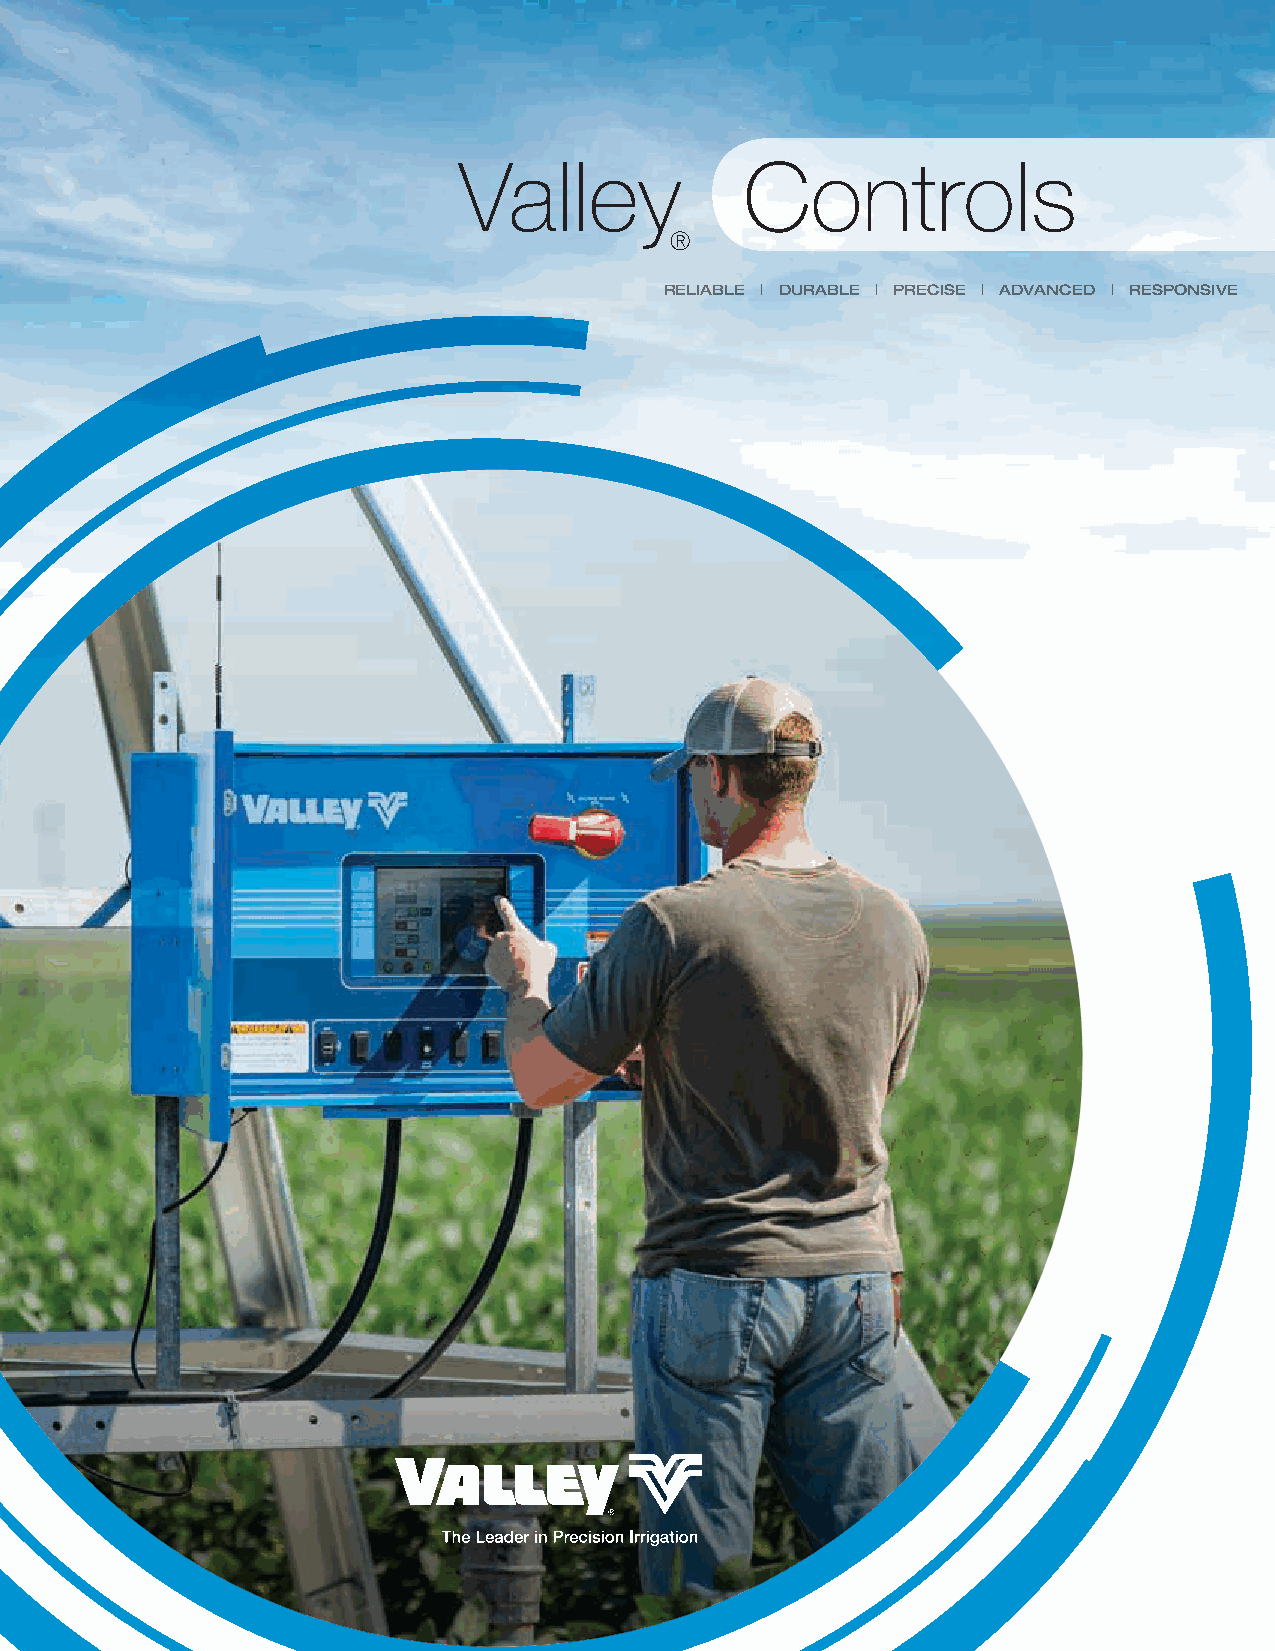
Valley             Controls
 ®
 reliable | durable | precise | advanced | responsive